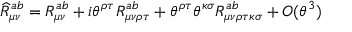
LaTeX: \widehat { R } _ { \mu \nu } ^ { a b } = R _ { \mu \nu } ^ { a b } + i \theta ^ { \rho \tau } R _ { \mu \nu \rho \tau } ^ { a b } + \theta ^ { \rho \tau } \theta ^ { \kappa \sigma } R _ { \mu \nu \rho \tau \kappa \sigma } ^ { a b } + O ( \theta ^ { 3 } )